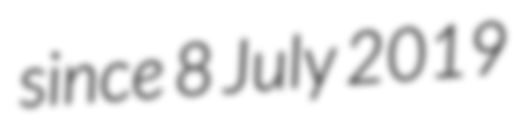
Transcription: since 8 July 2019